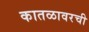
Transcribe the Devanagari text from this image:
कातळावरची